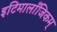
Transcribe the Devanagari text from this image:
इटिमालाँजिकम्